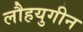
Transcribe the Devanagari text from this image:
लौहयुगीन